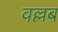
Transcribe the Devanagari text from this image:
वल्लब